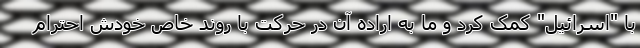
با "اسرائیل" کمک کرد و ما به اراده آن در حرکت با روند خاص خودش احترام